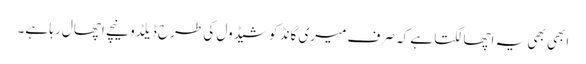
ابھی بھی یہ اچھا لگتا ہے کہ صرف میری گانڈ کو شیڈول کی طرح ڈیلڈو نیچے اچھال رہا ہے۔